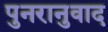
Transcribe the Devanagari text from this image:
पुनरानुवाद